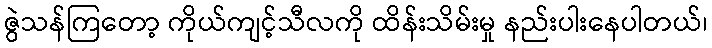
ဇွဲသန်ကြတော့ ကိုယ်ကျင့်သီလကို ထိန်းသိမ်းမှု နည်းပါးနေပါတယ်၊